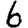
Digit: 6